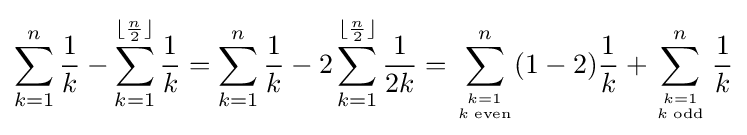
\sum _{k=1}^{n}{\frac {1}{k}}-\sum _{k=1}^{\lfloor {\frac {n}{2}}\rfloor }{\frac {1}{k}}=\sum _{k=1}^{n}{\frac {1}{k}}-2\sum _{k=1}^{\lfloor {\frac {n}{2}}\rfloor }{\frac {1}{2k}}=\sum _{k=1 \atop k\;{\text{even}}}^{n}(1-2){\frac {1}{k}}+\sum _{k=1 \atop k\;{\text{odd}}}^{n}{\frac {1}{k}}